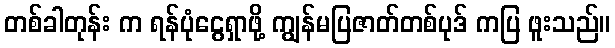
တစ်ခါတုန်း က ရန်ပုံငွေရှာဖို့ ကျွန်မပြဇာတ်တစ်ပုဒ် ကပြ ဖူးသည်။